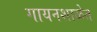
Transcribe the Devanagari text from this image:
गायनशाळेत